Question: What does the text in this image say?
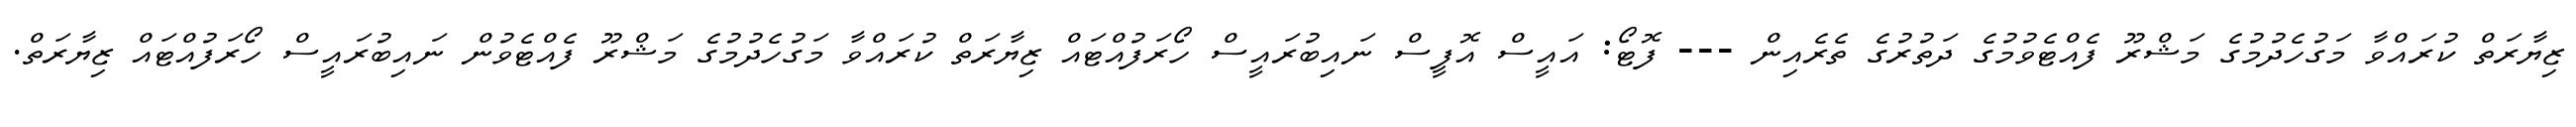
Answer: ޒިޔާރަތް ކުރައްވާ މަގުހެދުމުގެ މަޝްރޫ ފެއްޓެވުމުގެ ދަތުރުގެ ތެރެއިން --- ފޮޓޯ: އައީސް އޮފީސް ނައިބުރައީސް ހޯރަފުއްޓައް ޒިޔާރަތް ކުރައްވާ މަގުހެދުމުގެ މަޝްރޫ ފެއްޓެވުން ނައިބުރައީސް ހޯރަފުއްޓައް ޒިޔާރަތް.